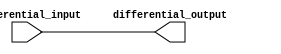
module Differential_Buffer(
  input [1:0] differential_input,
  output [1:0] differential_output
);

// Differential amplifier stage
reg [1:0] diff_amplifier_output;
always @* begin
  // Differential amplifier logic here
  // Implement differential amplification of input signals
  diff_amplifier_output[0] = differential_input[0]; // Placeholder code
  diff_amplifier_output[1] = differential_input[1]; // Placeholder code
end

// Buffer stage
reg [1:0] buffer_output;
always @* begin
  // Buffer stage logic here
  // Implement signal amplification using proper biasing and impedance matching
  buffer_output[0] = diff_amplifier_output[0]; // Placeholder code
  buffer_output[1] = diff_amplifier_output[1]; // Placeholder code
end

assign differential_output = buffer_output;

endmodule